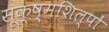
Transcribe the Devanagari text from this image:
सूक्ष्मशिल्पों